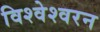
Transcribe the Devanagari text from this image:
विश्वेश्वरन